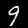
Digit: 9